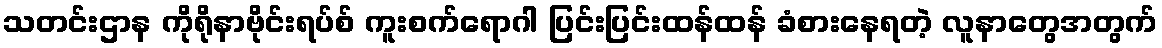
သတင်းဌာန ကိုရိုနာဗိုင်းရပ်စ် ကူးစက်ရောဂါ ပြင်းပြင်းထန်ထန် ခံစားနေရတဲ့ လူနာတွေအတွက်